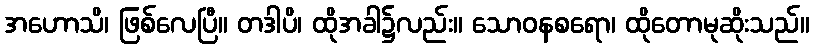
အဟောသိ၊ ဖြစ်လေပြီ။ တဒါပိ၊ ထိုအခါ၌လည်း။ သောဝနစရော၊ ထိုတောမုဆိုးသည်။